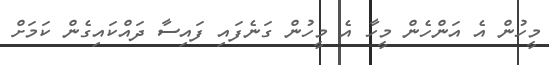
މީހުން އެ އަންހެން މީހާ އެ މީހުން ގަނެފައި ފައިސާ ދައްކައިގެން ކަމަށް